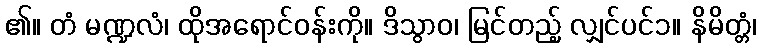
၏။ တံ မဏ္ဍလံ၊ ထိုအရောင်ဝန်းကို။ ဒိသွာဝ၊ မြင်တည့် လျှင်ပင်၁။ နိမိတ္တံ၊